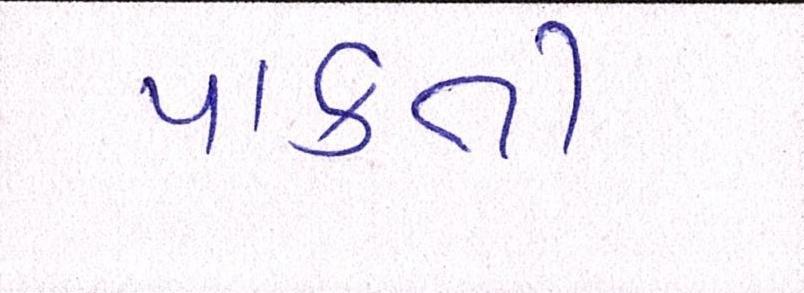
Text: પાકતી